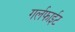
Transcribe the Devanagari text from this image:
गर्लफाईट